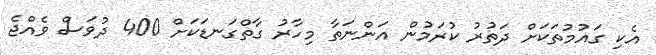
އެކި ގައުމުތަކަށް ދަތުރު ކުރަމުން އަންނަތާ މިހާރު ގާތްގަނޑަކަށް 400 ދުވަސް ވެއްޖެ